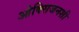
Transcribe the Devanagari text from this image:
ओक्सिजनशी